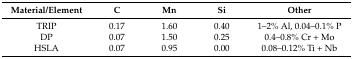
<table><thead><tr><td><b>Material/Element</b></td><td><b>C</b></td><td><b>Mn</b></td><td><b>Si</b></td><td><b>Other</b></td></tr></thead><tbody><tr><td>TRIP</td><td>0.17</td><td>1.60</td><td>0.40</td><td>1–2% Al, 0.04–0.1% P</td></tr><tr><td>DP</td><td>0.07</td><td>1.50</td><td>0.25</td><td>0.4–0.8% Cr + Mo</td></tr><tr><td>HSLA</td><td>0.07</td><td>0.95</td><td>0.00</td><td>0.08–0.12% Ti + Nb</td></tr></tbody></table>